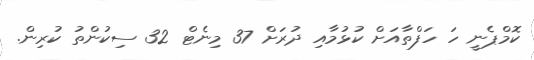
ކޮމްޕެނީ ހަ ހަފްތާއަށް ކުޅުމާއި ދުރަށް 37 މިނެޓް 32 ސިކުންތު ކުރިން.